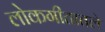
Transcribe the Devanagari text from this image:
लोकगीतातले